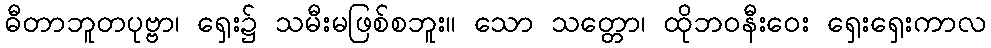
ဓီတာဘူတပုဗ္ဗာ၊ ရှေး၌ သမီးမဖြစ်စဘူး။ သော သတ္တော၊ ထိုဘဝနီးဝေး ရှေးရှေးကာလ